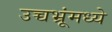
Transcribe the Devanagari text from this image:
उच्चभ्रूंमध्ये